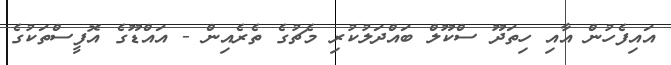
އައިފެހުން އާއި ހިތަދޫ ސްކޫލް ބައްދަލުކުރި މެޗުގެ ތެރެއިން - އައްޑޫގެ އޮފީސްތަކުގެ